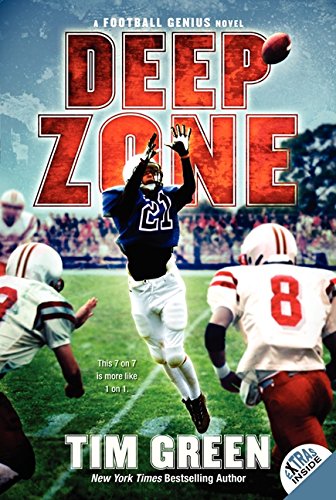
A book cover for Deep Zone (Football Genius); Tim Green; Children's Books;